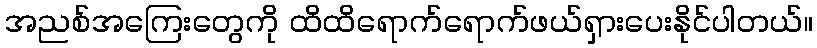
အညစ်အကြေးတွေကို ထိထိရောက်ရောက်ဖယ်ရှားပေးနိုင်ပါတယ်။